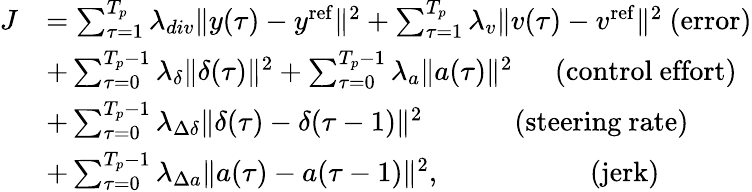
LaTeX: \begin{array}{rl}{J}&{=\sum_{\tau=1}^{T_{p}}\lambda_{div}\| y(\tau)-y^{\mathrm{ref}}\| ^{2}+\sum_{\tau=1}^{T_{p}}\lambda_{v}\| v(\tau)-v^{\mathrm{ref}}\| ^{2}\ \mathrm{(error)}}\\ &{+\sum_{\tau=0}^{T_{p}-1}\lambda_{\delta}\| \delta(\tau)\| ^{2}+\sum_{\tau=0}^{T_{p}-1}\lambda_{a}\| a(\tau)\| ^{2}\ \ \ \ \ \ \mathrm{(control~effort)}}\\ &{+\sum_{\tau=0}^{T_{p}-1}\lambda_{\Delta\delta}\| \delta(\tau)-\delta(\tau-1)\| ^{2}\ \ \ \ \ \ \ \ \ \ \ \ \ \mathrm{(steering~rate)}}\\ &{+\sum_{\tau=0}^{T_{p}-1}\lambda_{\Delta a}\| a(\tau)-a(\tau-1)\| ^{2},\ \ \ \ \ \ \ \ \ \ \ \ \ \ \ \ \ \ \ \ \ \mathrm{(jerk)}}\end{array}